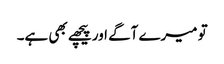
تو میرے آگے اور پیچھے بھی ہے۔